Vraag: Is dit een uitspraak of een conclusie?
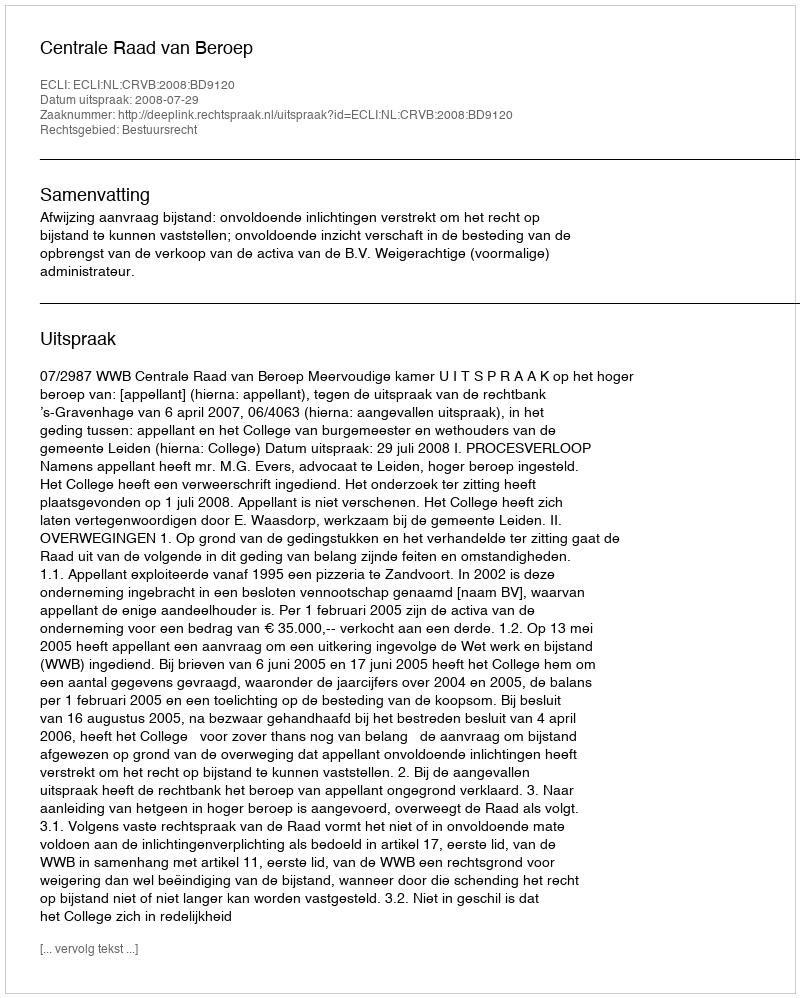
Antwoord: Uitspraak